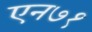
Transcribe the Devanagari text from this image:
एन७१